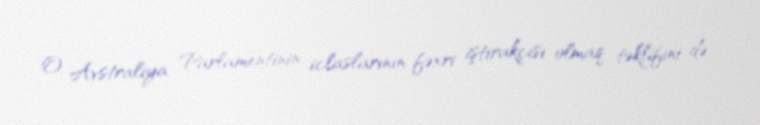
O, Avstraliya Parlamentinin iclaslarının fəxri iştirakçısı olmaq təklifini də